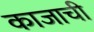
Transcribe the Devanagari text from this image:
काजाची